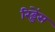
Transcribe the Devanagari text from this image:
रिड्डेंस